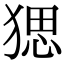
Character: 𤟧